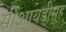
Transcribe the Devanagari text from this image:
सीआयडीसह